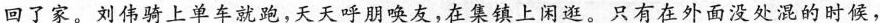
回了家。刘伟骑上单车就跑，天天呼朋唤友，在集镇上闲逛。只有在外面没处混的时候，